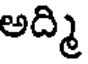
అద్మి